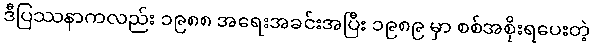
ဒီပြဿနာကလည်း ၁၉၈၈ အရေးအခင်းအပြီး ၁၉၈၉ မှာ စစ်အစိုးရပေးတဲ့